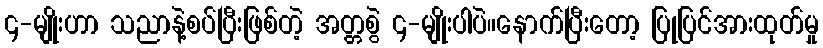
၄-မျိုးဟာ သညာနဲ့စပ်ပြီးဖြစ်တဲ့ အတ္တစွဲ ၄-မျိုးပါပဲ။နောက်ပြီးတော့ ပြုပြင်အားထုတ်မှု